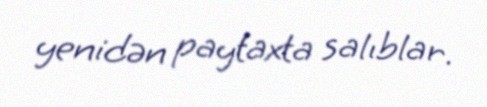
yenidən paytaxta salıblar.